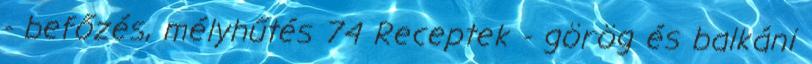
- befőzés, mélyhűtés 74 Receptek - görög és balkáni